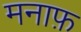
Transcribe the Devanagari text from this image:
मनाफ़